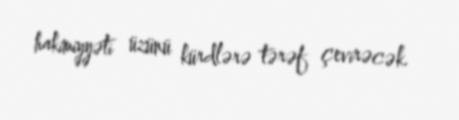
hakimiyyəti üzünü kürdlərə tərəf çevirəcək.